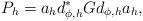
LaTeX: \begin{align*} P_h = a_{h} d_{\phi , h}^{*} G d_{\phi , h} a_{h} ,\end{align*}